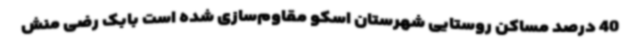
40 درصد مساکن روستایی شهرستان اسکو مقاوم‌سازی شده است بابک رضی منش